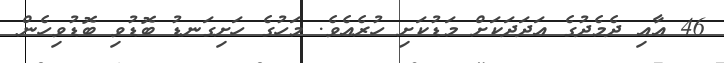
46 އާއި ދެެމެދުގެ އަދަދަކަށް މަޑުކަށި ހުރެއެވެ. މަހުގެ ހަށިގަނޑު ބޮޑުވި ބޮޑުވިހެން